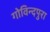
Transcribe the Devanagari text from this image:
गोविन्दपुरा